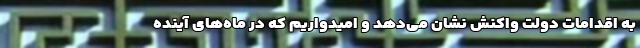
به اقدامات دولت واکنش نشان می‌دهد و امیدواریم که در ماه‌های آینده